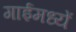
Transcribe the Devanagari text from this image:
गाईमध्यें